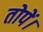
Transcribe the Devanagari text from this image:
तोपें।